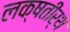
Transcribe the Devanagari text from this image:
लक्षतीर्थ